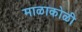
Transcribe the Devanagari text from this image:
माळाकोळी